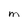
Character: M